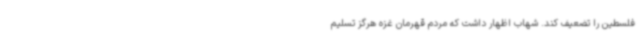
فلسطین را تضعیف کند. شهاب اظهار داشت که مردم قهرمان غزه هرگز تسلیم